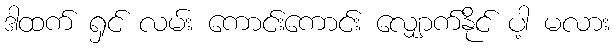
ဒါထက် ရှင် လမ်း ကောင်းကောင်း လျှောက်နိုင် ပါ့ မလား